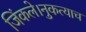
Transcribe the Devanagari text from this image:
जिंकले।नुकत्याच